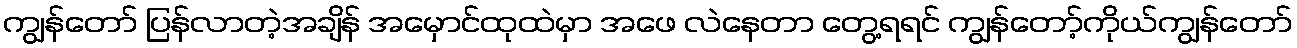
ကျွန်တော် ပြန်လာတဲ့အချိန် အမှောင်ထုထဲမှာ အဖေ လဲနေတာ တွေ့ရရင် ကျွန်တော့်ကိုယ်ကျွန်တော်